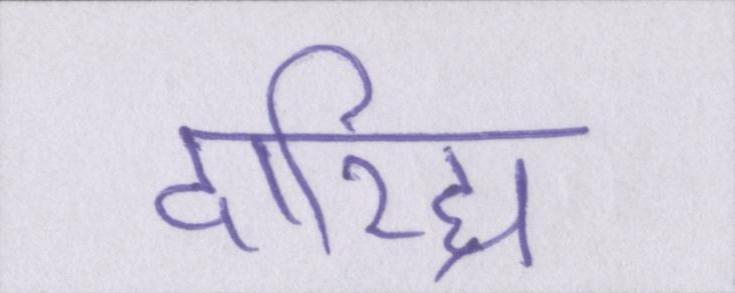
दारिद्र्य